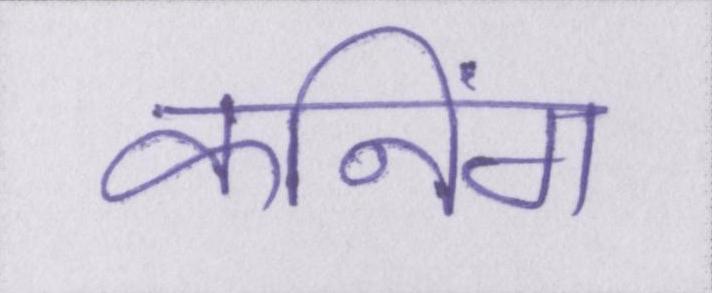
कनिंग